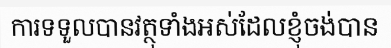
ការទទួលបានវត្ថុទាំងអស់ដែលខ្ញុំចង់បាន